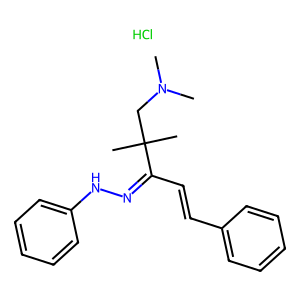
SMILES: CN(C)CC(C)(C)C(C=Cc1ccccc1)=NNc1ccccc1.Cl
Inhibits HIV replication: No